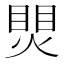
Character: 煛